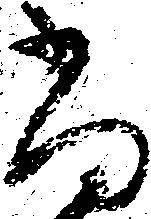
尚